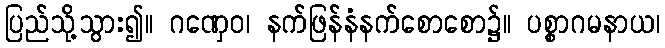
ပြည်သို့သွား၍။ ဂဏှေဝ၊ နက်ဖြန်နံနက်စောစော၌။ ပစ္စာဂမနာယ၊